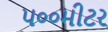
૫૦૦મીટર